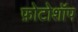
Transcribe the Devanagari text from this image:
फ़ोटोशॉप